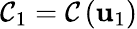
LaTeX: {\cal C}_{1}={\cal C}\left({\mathbf u}_{1}\right)